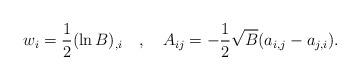
LaTeX: \begin{align*}w_i=\frac 12 (\ln B)_{,i}~~~,~~~ A_{ij}= -\frac 12\sqrt{B}(a_{i,j}-a_{j,i}).\end{align*}